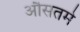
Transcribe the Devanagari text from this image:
औसतमे